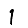
Digit: 1